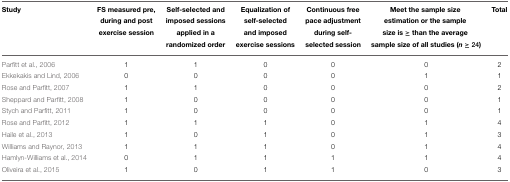
| Study | FS measured pre, during and post exercise session | Self-selected and imposed sessions applied in a randomized order | Equalization of self-selected and imposed exercise sessions | Continuous free pace adjustment during self-selected session | Meet the sample size estimation or the sample size is ≥ than the average sample size of all studies (n≥24) | Total |
 | --- | --- | --- | --- | --- | --- | --- |
 | Parfitt et al., 2006 | 1 | 1 | 0 | 0 | 0 | 2 |
 | Ekkekakis and Lind, 2006 | 0 | 0 | 0 | 0 | 1 | 1 |
 | Rose and Parfitt, 2007 | 1 | 1 | 0 | 0 | 0 | 2 |
 | Sheppard and Parfitt, 2008 | 1 | 0 | 0 | 0 | 0 | 1 |
 | Stych and Parfitt, 2011 | 1 | 0 | 0 | 0 | 0 | 1 |
 | Rose and Parfitt, 2012 | 1 | 1 | 1 | 0 | 1 | 4 |
 | Haile et al., 2013 | 1 | 0 | 1 | 0 | 1 | 3 |
 | Williams and Raynor, 2013 | 1 | 1 | 1 | 0 | 1 | 4 |
 | Hamlyn-Williams et al., 2014 | 0 | 1 | 1 | 1 | 1 | 4 |
 | Oliveira et al., 2015 | 1 | 0 | 1 | 1 | 0 | 3 |